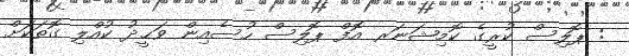
: ޕޮލިސް ކުރީގެ ކޮމިޝަނަރ އޮފް ޕޮލިސް ހުސެއިން ވަޙީދު ކުއްލި ގޮތަކަށް